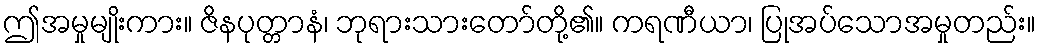
ဤအမှုမျိုးကား။ ဇိနပုတ္တာနံ၊ ဘုရားသားတော်တို့၏။ ကရဏီယာ၊ ပြုအပ်သောအမှုတည်း။